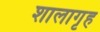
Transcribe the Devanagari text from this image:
शालागृह